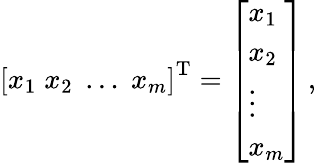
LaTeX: {\left[\begin{array}{l}{x_{1}\; x_{2}\; \dots\; x_{m}}\end{array}\right]}^{\mathrm{{T}}}={\left[\begin{array}{l}{x_{1}}\\ {x_{2}}\\ {\vdots}\\ {x_{m}}\end{array}\right]}\, ,